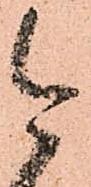
今